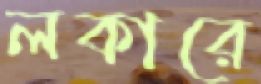
লকারে